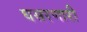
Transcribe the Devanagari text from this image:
घसरणारी